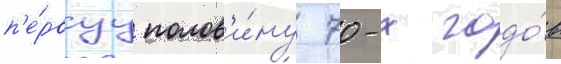
п'е́рвуу полов'и́ну 70-х годо́в